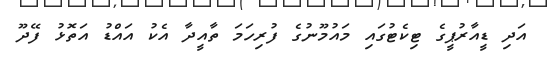
އަދި ޑީއާރުޕީގެ ޓިކެޓުގައި މައުމޫނުގެ ފުރިހަމަ ތާއީދާ އެކު އައްޑު އަތޮޅު ފޭދޫ